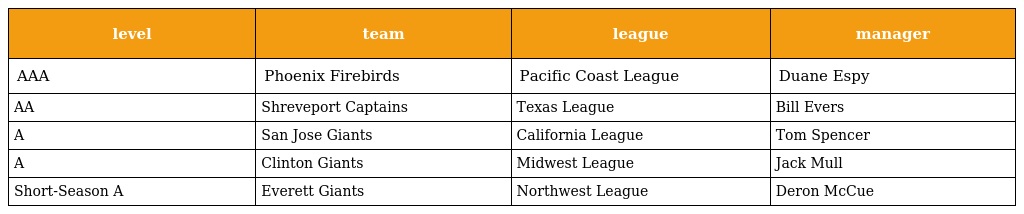
| level | team | league | manager |
 | --- | --- | --- | --- |
 | AAA | Phoenix Firebirds | Pacific Coast League | Duane Espy |
 | AA | Shreveport Captains | Texas League | Bill Evers |
 | A | San Jose Giants | California League | Tom Spencer |
 | A | Clinton Giants | Midwest League | Jack Mull |
 | Short-Season A | Everett Giants | Northwest League | Deron McCue |